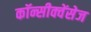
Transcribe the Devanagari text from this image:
कॉन्सीक्वेंसेज